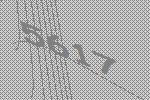
5617